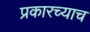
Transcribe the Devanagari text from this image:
प्रकारच्याच